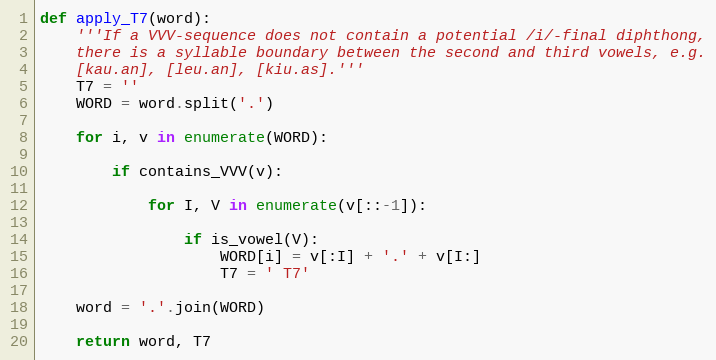
Language: Python
def apply_T7(word):
    '''If a VVV-sequence does not contain a potential /i/-final diphthong,
    there is a syllable boundary between the second and third vowels, e.g.
    [kau.an], [leu.an], [kiu.as].'''
    T7 = ''
    WORD = word.split('.')

    for i, v in enumerate(WORD):

        if contains_VVV(v):

            for I, V in enumerate(v[::-1]):

                if is_vowel(V):
                    WORD[i] = v[:I] + '.' + v[I:]
                    T7 = ' T7'

    word = '.'.join(WORD)

    return word, T7